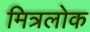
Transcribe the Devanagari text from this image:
मित्रलोक